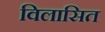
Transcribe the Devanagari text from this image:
विलासित